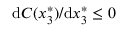
\mathrm { d } C ( x _ { 3 } ^ { * } ) / \mathrm { d } x _ { 3 } ^ { * } \leq 0